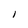
Character: l